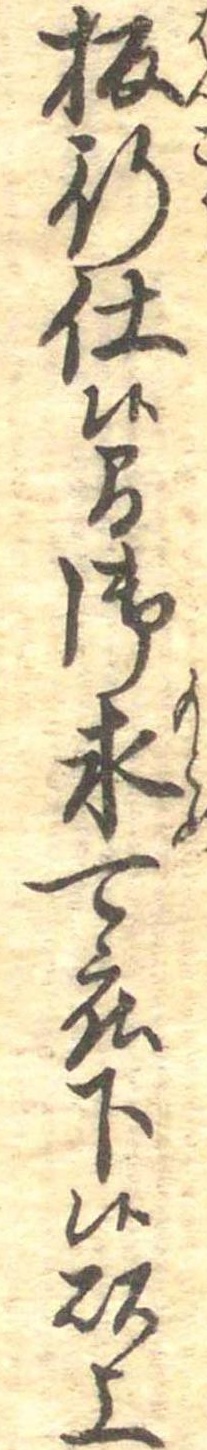
板行仕候間御求度下候以上